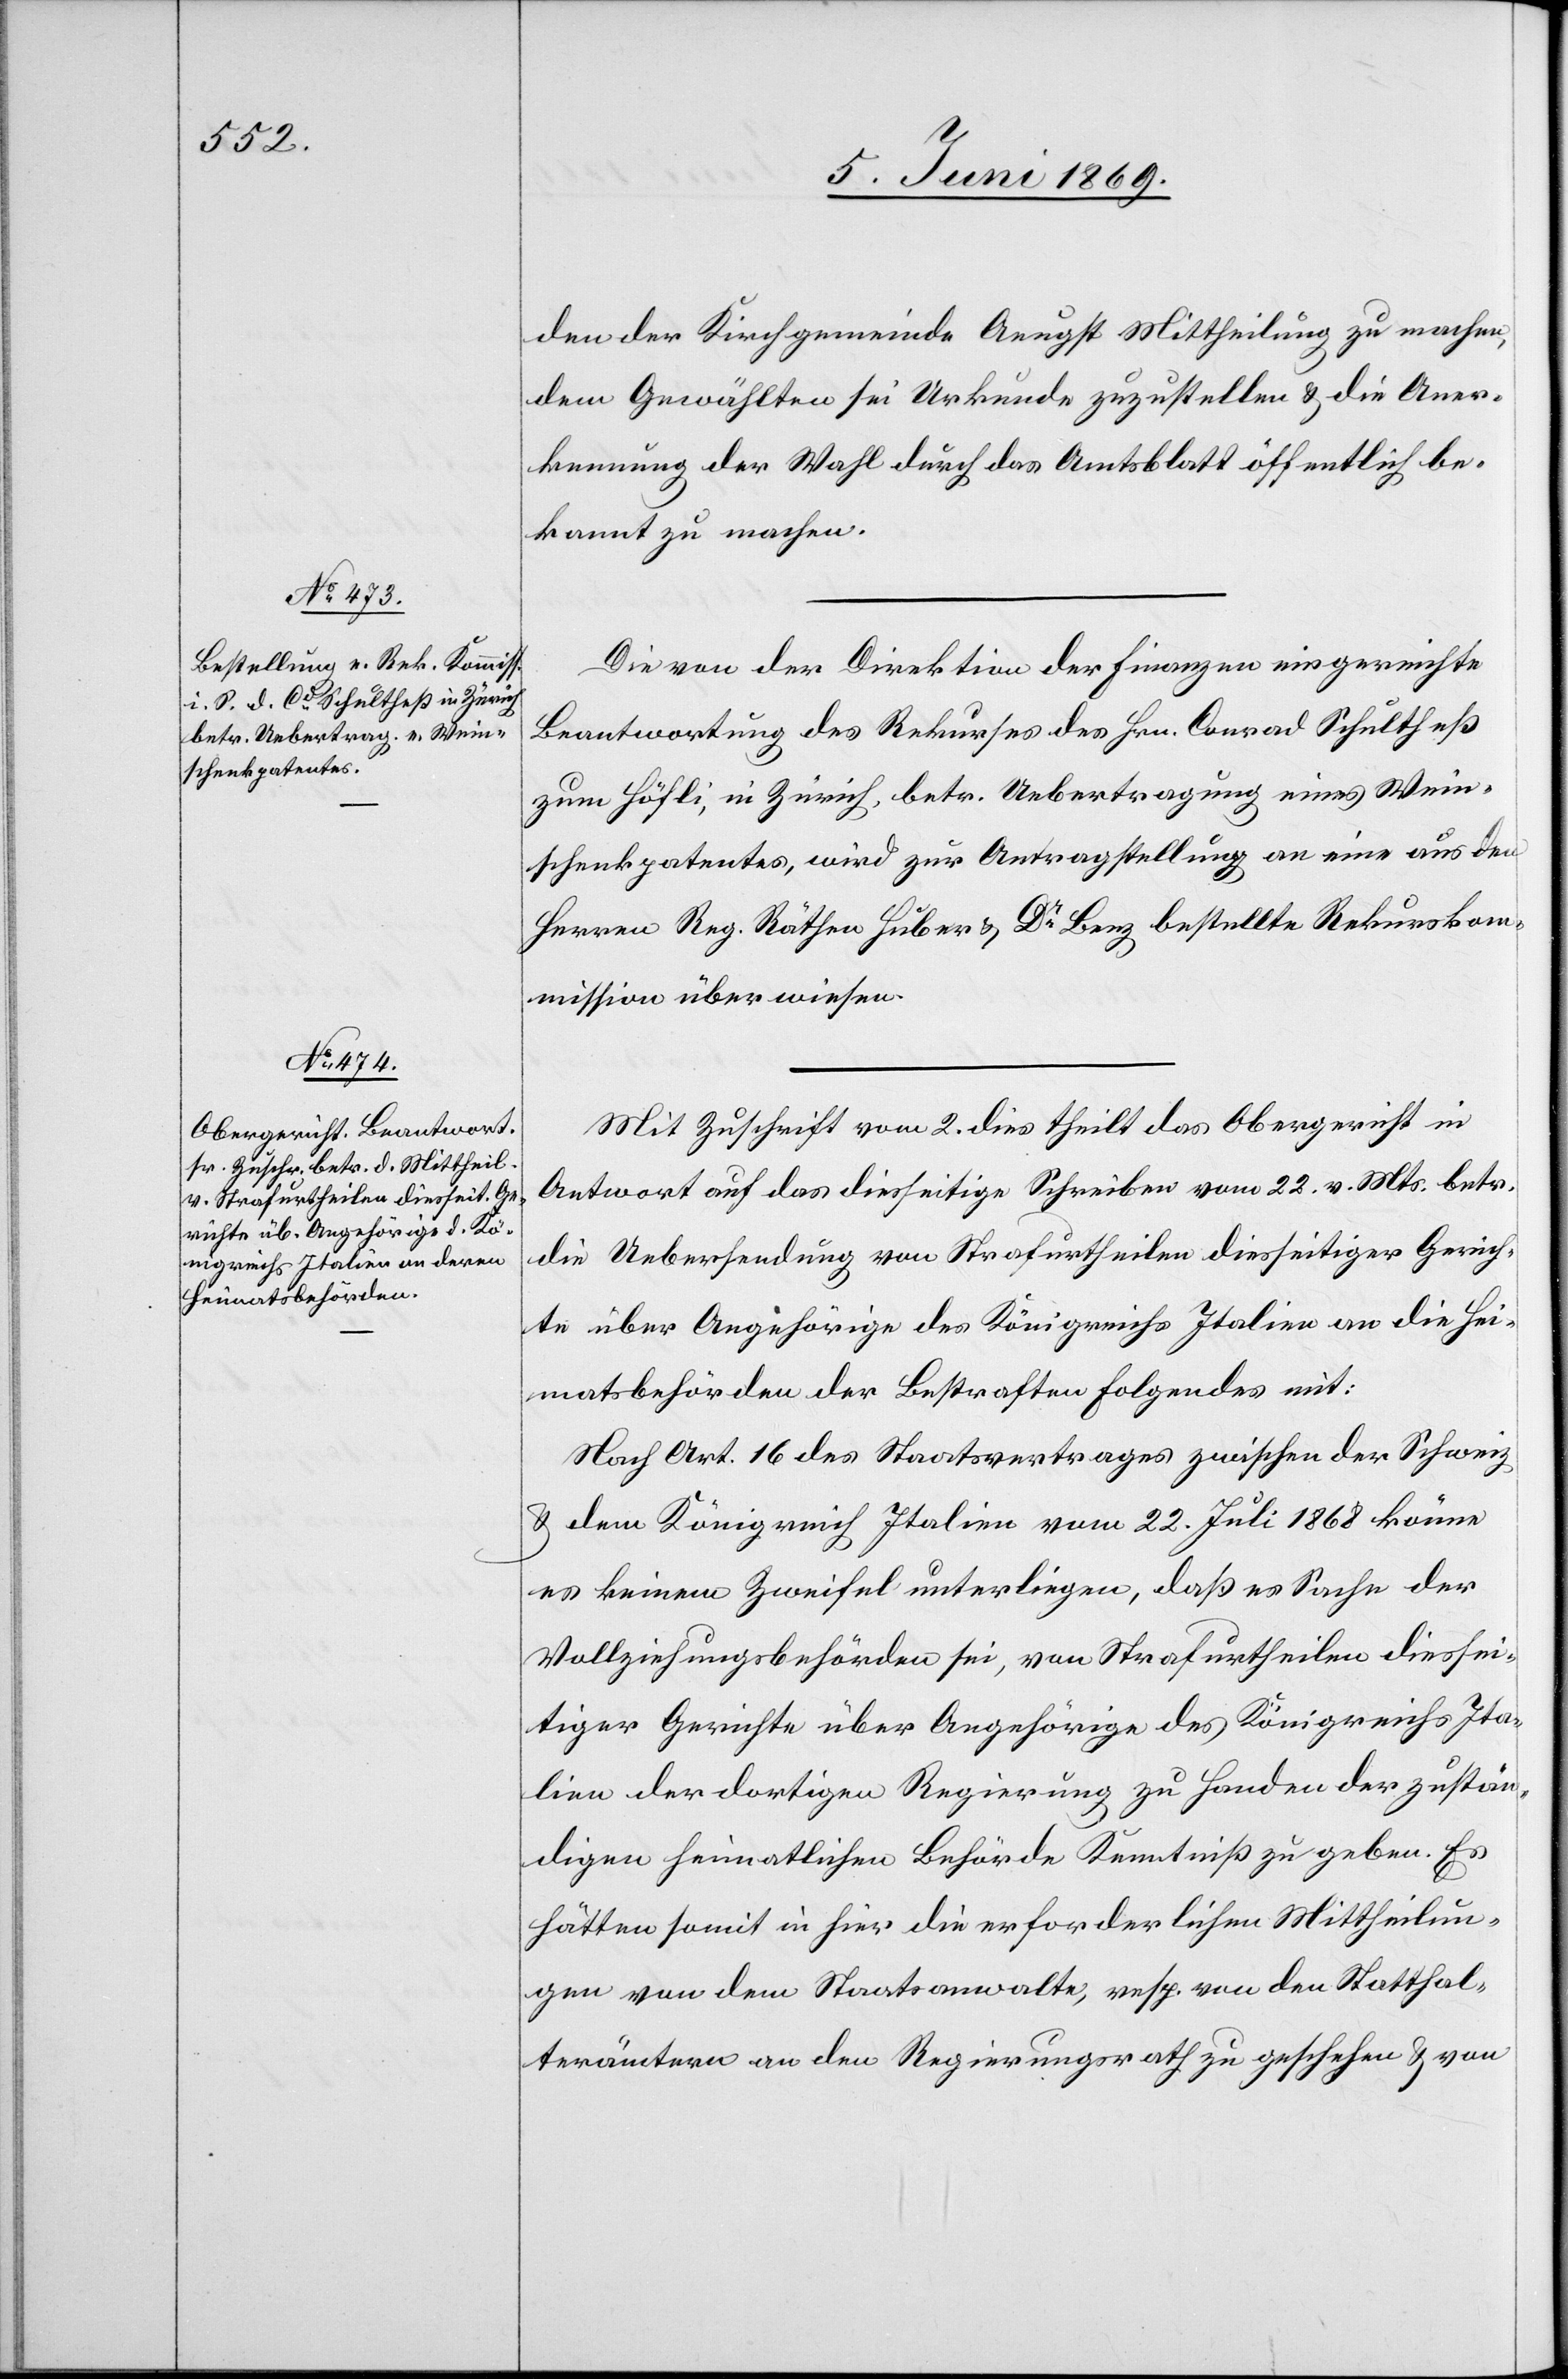
ssion.

den der Kirchgemeinde Aeugst Mittheilung zu machen,
dem Gewählten sei Urkunde zuzustellen u. die Aner¬
kennung der Wahl durch das Amtsblatt öffentlich be¬
kannt zu machen.
Die von der Direktion der Finanzen eingereichte
Beantwortung des Rekurses des Hrn. Conrad Schultheß
zum Höfli, in Zürich, betr. Uebertragung eines Wein¬
schenkpatentes, wird zur Antragstellung an eine aus den
Herren Reg. Räthen Huber u. Dr Berg bestellte Rekurskommi¬
Mit Zuschrift vom 2 dies theilt das Obergericht in
Antwort auf das diesseitige Schreiben vom 22 v. Mts. betr.
die Uebersendung von Strafurtheilen diesseitiger Gerich¬
te über Angehörige des Königreichs Italien an die Hei¬
matsbehörden der Bestraften Folgendes mit:
Nach Art. 16 des Staatsvertrages zwischen der Schweiz
u. dem Königreich Italien vom 22 Juli 1868 könne
es keinem Zweifel unterliegen, daß es Sache der
Vollziehungsbehörden sei, von Strafurtheilen diessei¬
tiger Gerichte über Angehörige des Königreichs Ita¬
lien der dortigen Regierung zu Handen der zustän¬
digen heimatlichen Behörde Kenntniß zu geben. Es
hätten soweit in hier die erforderlichen Mittheilun¬
gen von dem Staatsanwalte, resp. von den Statthal¬
terämtern an den Regierungsrath zu geschehen u. von